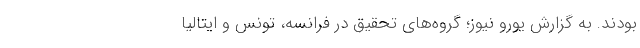
بودند. به گزارش یورو نیوز؛ گروه‌های تحقیق در فرانسه، تونس و ایتالیا